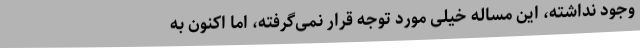
وجود نداشته، این مساله خیلی مورد توجه قرار نمی‌گرفته، اما اکنون به